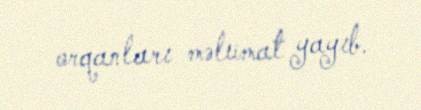
orqanları məlumat yayıb.